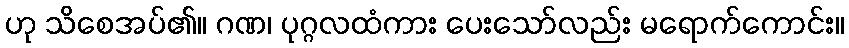
ဟု သိစေအပ်၏။ ဂဏ၊ ပုဂ္ဂလထံကား ပေးသော်လည်း မရောက်ကောင်း။